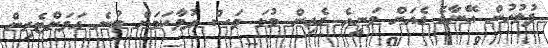
ފުލުހުން އޭނާގެ ގެއަށް ވަނީއެ ގެއިން މުޅަ ވަސް ދުވާކަމަށް ބުނެ އަވަށްޓެރިން